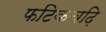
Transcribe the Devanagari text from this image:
फटिकचढ़ि